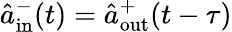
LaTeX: \hat{a}_{\mathrm{in}}^{-}(t)=\hat{a}_{\mathrm{out}}^{+}(t-\tau)